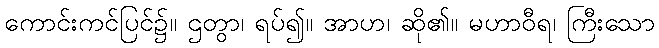
ကောင်းကင်ပြင်၌။ ဌတွာ၊ ရပ်၍။ အာဟ၊ ဆို၏။ မဟာဝီရ၊ ကြီးသော